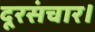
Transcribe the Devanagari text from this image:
दूरसंचार।